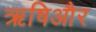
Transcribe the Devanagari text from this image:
ऋषिऔर